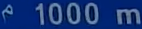
1000 m